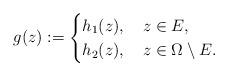
LaTeX: \begin{align*}g(z):=\begin{cases}h_1(z),\ \ \ z\in{E},\\h_2(z),\ \ \ z\in\Omega\setminus{E}.\end{cases}\end{align*}